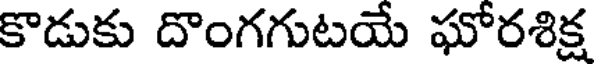
కొడుకు దొంగగుటయే ఘోరశిక్ష